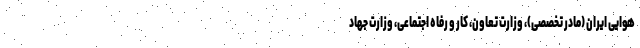
هوایی ایران (مادر تخصصی)، وزارت تعاون، کار و رفاه اجتماعی، وزارت جهاد